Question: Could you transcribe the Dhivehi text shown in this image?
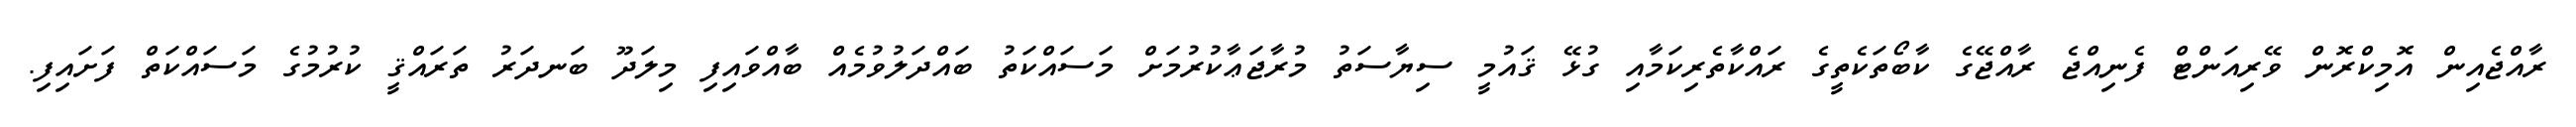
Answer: ރާއްޖެއިން އޮމިކްރޮން ވޭރިއަންޓް ފެނިއްޖެ ރާއްޖޭގެ ކާބޯތަކެތީގެ ރައްކާތެރިކަމާއި ގުޅޭ ޤައުމީ ސިޔާސަތު މުރާޖަޢާކުރުމަށް މަސައްކަތު ބައްދަލުވުމެއް ބާއްވައިފި މިލަދޫ ބަނދަރު ތަރައްޤީ ކުރުމުގެ މަސައްކަތް ފަށައިފި.